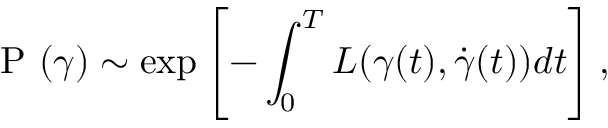
\mathrm { ~ P ~ } ( \gamma ) \sim \exp \left[ - \int _ { 0 } ^ { T } L ( \gamma ( t ) , \dot { \gamma } ( t ) ) d t \right] ,